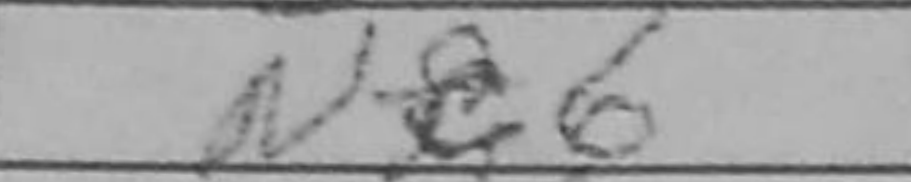
Transcription: Nc6